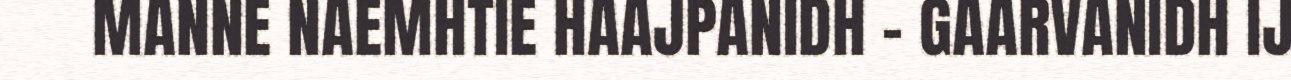
MANNE NAEMHTIE HAAJPANIDH - GAARVANIDH IJ